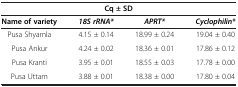
<table><thead><tr><td colspan="4"><b>Cq ± SD</b></td></tr><tr><td><b>Name of variety</b></td><td><b><i>18S rRNA*</i></b></td><td><b><i>APRT*</i></b></td><td><b><i>Cyclophilin*</i></b></td></tr></thead><tbody><tr><td>Pusa Shyamla</td><td>4.15 ± 0.14</td><td>18.99 ± 0.24</td><td>19.04 ± 0.40</td></tr><tr><td>Pusa Ankur</td><td>4.24 ± 0.02</td><td>18.36 ± 0.01</td><td>17.86 ± 0.12</td></tr><tr><td>Pusa Kranti</td><td>3.95 ± 0.01</td><td>18.55 ± 0.03</td><td>17.78 ± 0.00</td></tr><tr><td>Pusa Uttam</td><td>3.88 ± 0.01</td><td>18.38 ± 0.00</td><td>17.80 ± 0.04</td></tr></tbody></table>